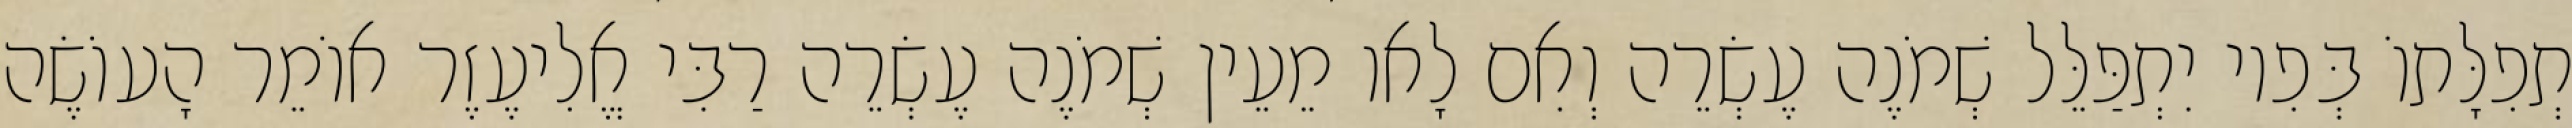
תְפִלָּתוֹ בְּפִיו יִתְפַּלֵּל שְׁמֹנֶה עֶשְׂרֵה וְאִם לָאו מֵעֵין שְׁמֹנֶה עֶשְׂרֵה רַבִּי אֱלִיעֶזֶר אוֹמֵר הָעוֹשֶׂה